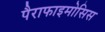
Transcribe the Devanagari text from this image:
पैराफाइमोसिस